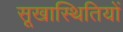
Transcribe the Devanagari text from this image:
सूखास्थितियों